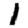
Digit: 1